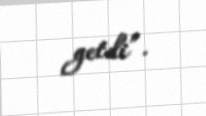
getdi”.